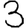
Digit: 3